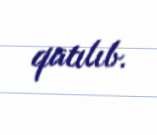
qatılıb.